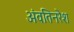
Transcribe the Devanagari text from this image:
अंवतिनरेश